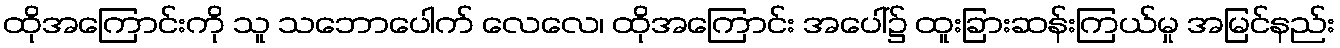
ထိုအကြောင်းကို သူ သဘောပေါက် လေလေ၊ ထိုအကြောင်း အပေါ်၌ ထူးခြားဆန်းကြယ်မှု အမြင်နည်း